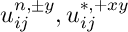
u _ { i j } ^ { n , \pm y } , u _ { i j } ^ { \ast , + x y }